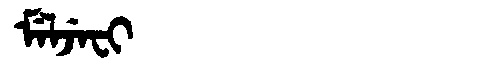
Manchu: ᠮᡝᠯᠵᡝᠸᡳ
Romanization: MELJEFI